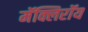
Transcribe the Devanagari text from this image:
मॅक्लिरॉय